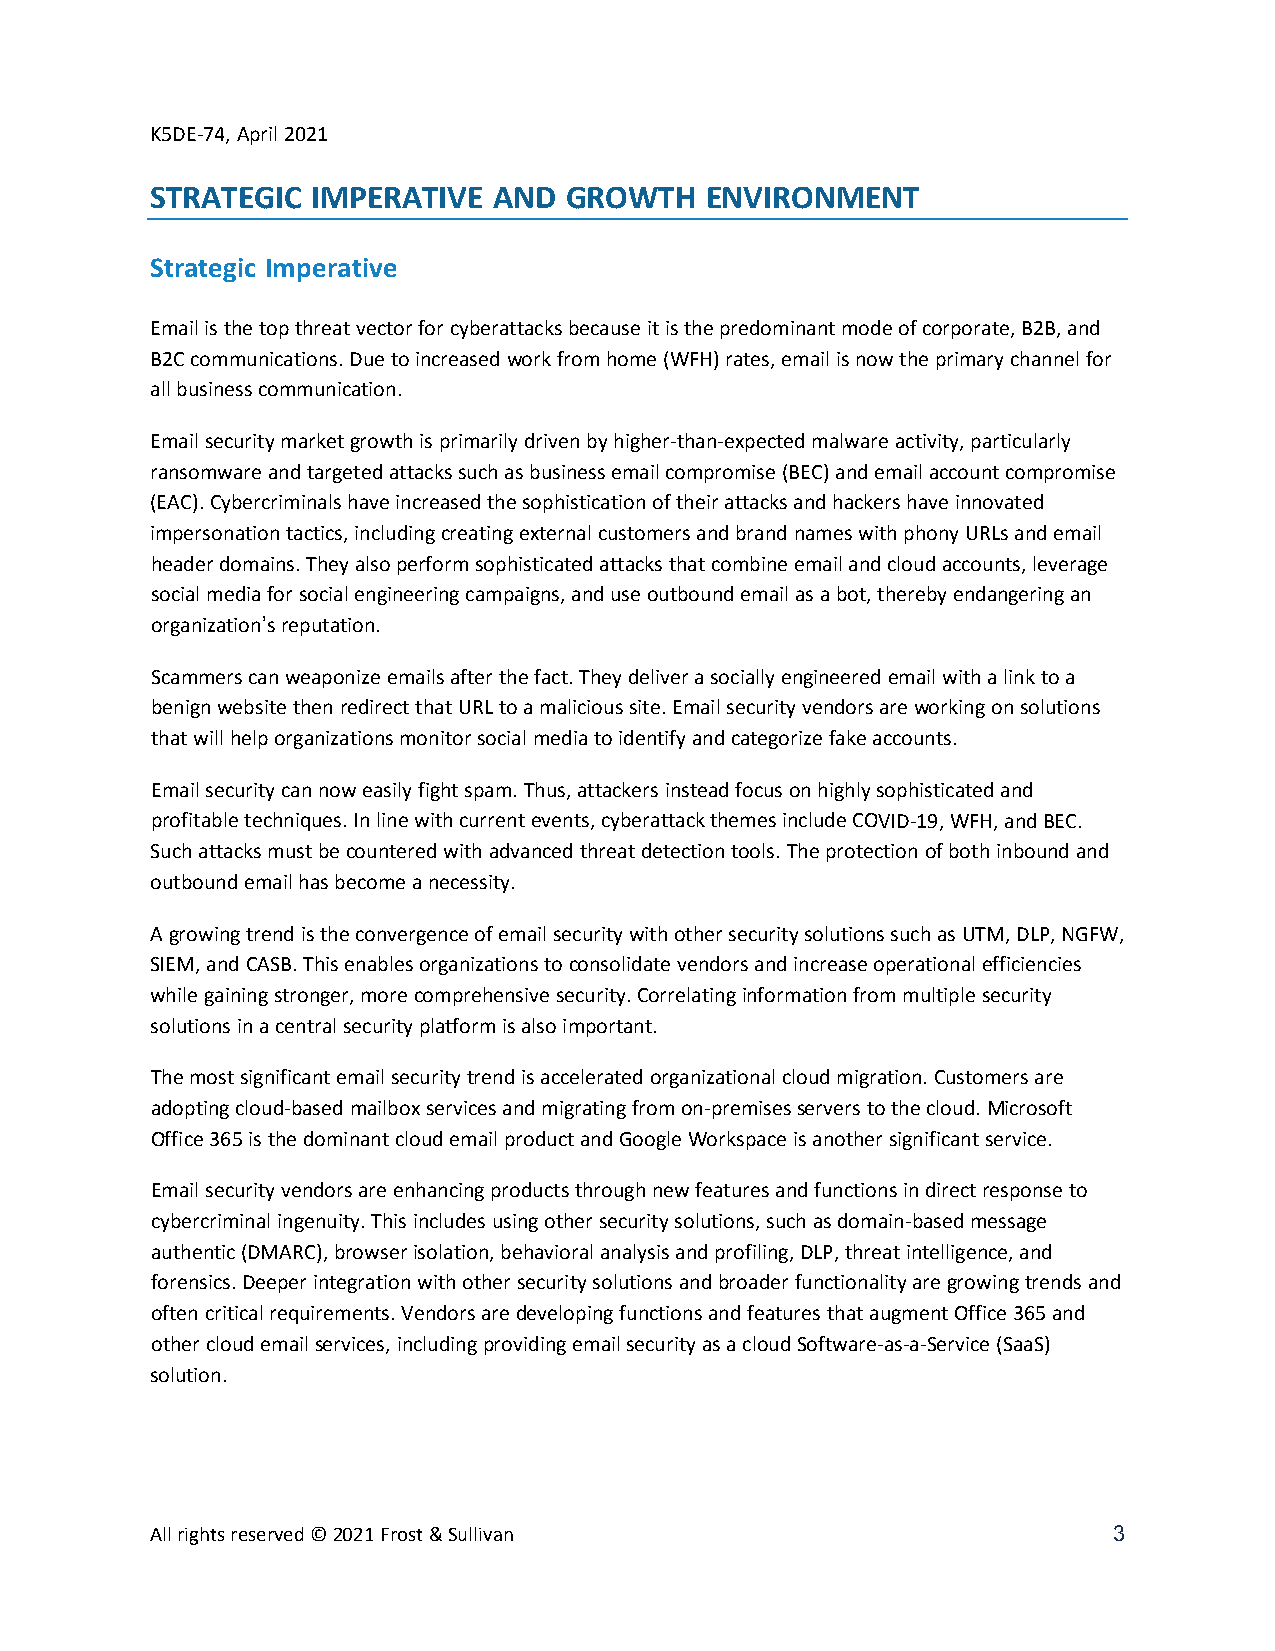
K5DE-74, April 2021
 STRATEGIC  IMPERATIVE  AND GROWTH    ENVIRONMENT
 Strategic Imperative
 Email is the top threat vector for cyberattacks because it is the predominant mode of corporate, B2B, and
 B2C communications. Due to increased work from home (WFH) rates, email is now the primary channel for
 all business communication.
 Email security market growth is primarily driven by higher-than-expected malware activity, particularly
 ransomware and targeted attacks such as business email compromise (BEC) and email account compromise
 (EAC). Cybercriminals have increased the sophistication of their attacks and hackers have innovated
 impersonation tactics, including creating external customers and brand names with phony URLs and email
 header domains. They also perform sophisticated attacks that combine email and cloud accounts, leverage
 social media for social engineering campaigns, and use outbound email as a bot, thereby endangering an
 organization’s reputation.
 Scammers can weaponize emails after the fact. They deliver a socially engineered email with a link to a
 benign website then redirect that URL to a malicious site. Email security vendors are working on solutions
 that will help organizations monitor social media to identify and categorize fake accounts.
 Email security can now easily fight spam. Thus, attackers instead focus on highly sophisticated and
 profitable techniques. In line with current events, cyberattack themes include COVID-19, WFH, and BEC.
 Such attacks must be countered with advanced threat detection tools. The protection of both inbound and
 outbound email has become a necessity.
 A growing trend is the convergence of email security with other security solutions such as UTM, DLP, NGFW,
 SIEM, and CASB. This enables organizations to consolidate vendors and increase operational efficiencies
 while gaining stronger, more comprehensive security. Correlating information from multiple security
 solutions in a central security platform is also important.
 The most significant email security trend is accelerated organizational cloud migration. Customers are
 adopting cloud-based mailbox services and migrating from on-premises servers to the cloud. Microsoft
 Office 365 is the dominant cloud email product and Google Workspace is another significant service.
 Email security vendors are enhancing products through new features and functions in direct response to
 cybercriminal ingenuity. This includes using other security solutions, such as domain-based message
 authentic (DMARC), browser isolation, behavioral analysis and profiling, DLP, threat intelligence, and
 forensics. Deeper integration with other security solutions and broader functionality are growing trends and
 often critical requirements. Vendors are developing functions and features that augment Office 365 and
 other cloud email services, including providing email security as a cloud Software-as-a-Service (SaaS)
 solution.
 All rights reserved © 2021 Frost & Sullivan                     3